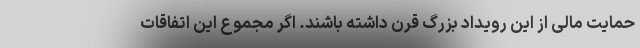
حمایت مالی از این رویداد بزرگ قرن داشته باشند. اگر مجموع این اتفاقات